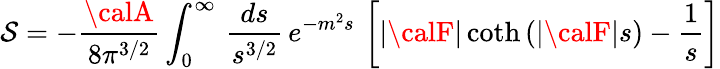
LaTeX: \mathcal{S}=-{\frac{{\calA}}{{8\pi^{3/2}}}}\int_{0}^{\infty}\, {\frac{{ds}}{{s^{3/2}}}}\, e^{-m^{2}s}\, \left[|{\calF}|\coth\left(|{\calF}|s\right)-{\frac{{1}}{{s}}}\right]